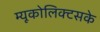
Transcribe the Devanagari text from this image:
म्यूकोलिक्टसके